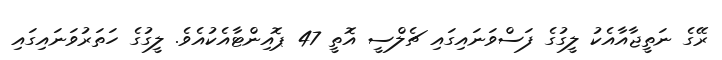
ރޭގެ ނަތީޖާއާއެކު ލީގުގެ ފަސްވަނައިގައި ޗެލްސީ އޮތީ 47 ޕޮއިންޓާއެކުއެވެ. ލީގުގެ ހަތަރުވަނައިގައި